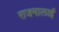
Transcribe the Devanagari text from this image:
राजमालाई